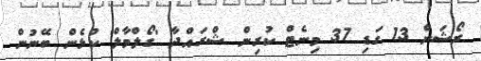
ރޯޝަން 13 ގަޑި 37 މިނެޓް ކުރިން ޝްރައްދާ 'ގޯލްމާލް' ކުޅެން ބޭނުން